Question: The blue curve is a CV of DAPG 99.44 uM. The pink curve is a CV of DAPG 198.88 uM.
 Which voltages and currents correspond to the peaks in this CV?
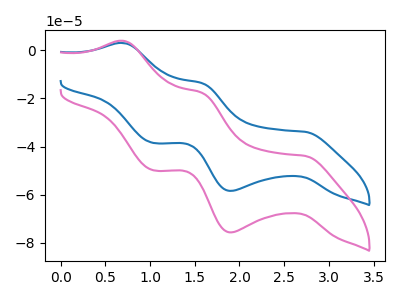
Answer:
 <answer>The blue curve "DAPG 99.44 uM" has anodic peaks at (0.70V, 3.05uA) (1.60V, -13.60uA) and cathodic peaks at (2.75V, -33.85uA) (1.90V, -58.40uA) (1.05V, -38.45uA). The pink curve "DAPG 198.88 uM" has anodic peaks at (0.70V, 3.95uA) (1.60V, -17.65uA) and cathodic peaks at (2.75V, -43.85uA) (1.90V, -75.60uA) (1.05V, -49.85uA).</answer>
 <eval></eval>